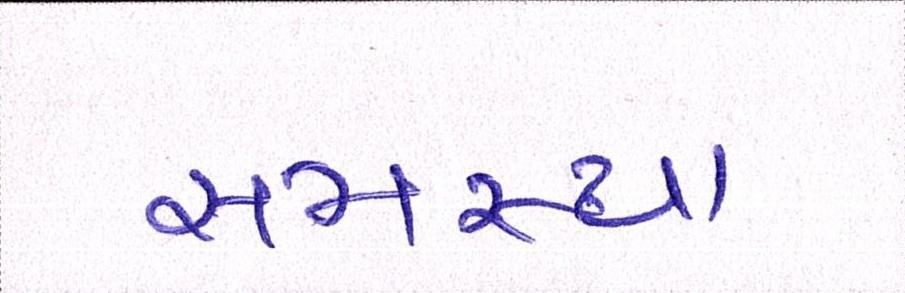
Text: સમસ્યા